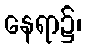
နေရာ၌၊